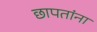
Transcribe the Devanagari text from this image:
छापतांना